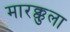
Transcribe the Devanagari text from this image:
मारक्कुला